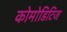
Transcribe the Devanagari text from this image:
कोमोडिटिज